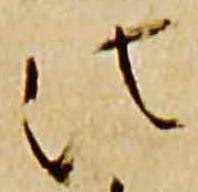
法